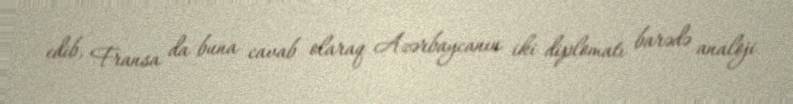
edib, Fransa da buna cavab olaraq Azərbaycanın iki diplomatı barədə analoji